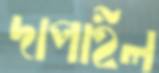
দাপাইল